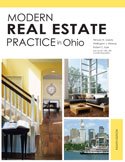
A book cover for Modern Real Estate Practice in Ohio; Fillmore W. Galaty; Business & Money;